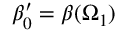
\beta _ { 0 } ^ { \prime } = \beta ( \Omega _ { 1 } )